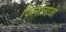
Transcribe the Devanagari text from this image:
फिलोलोजी